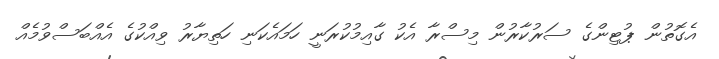
އެގޮތުން ޕުޓިންގެ ސަރުކާރުން މިސްރާ އެކު ގާއިމުކުރަނީ ހަމައެކަނި ހަތިޔާރު ވިއްކުގެ އެއްބަސްވުމެއް